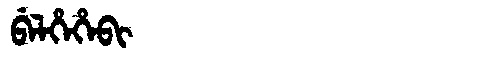
Manchu: ᠪᡝᠯᡥᡝᡥᡝᠪᡳ
Romanization: BELHEHEBI